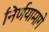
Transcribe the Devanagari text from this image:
निर्णयामागे